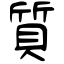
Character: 質